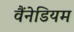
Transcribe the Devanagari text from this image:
वैंनेडियम